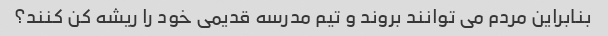
بنابراین مردم می توانند بروند و تیم مدرسه قدیمی خود را ریشه کن کنند؟